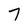
Character: 7